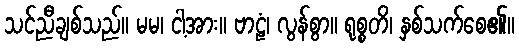
သင်ညီချစ်သည်။ မမ၊ ငါ့အား။ ဗာဠံ၊ လွန်စွာ။ ရုစ္စတိ၊ နှစ်သက်စေ၏။